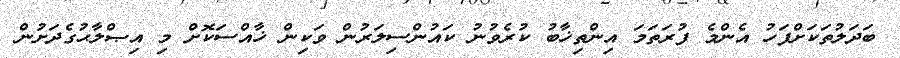
ބަދަލުތަކަށްފަހު އެންމެ ފުރަތަމަ އިންތިޚާބު ކުރެވުނު ކައުންސިލަރުން ވަކިން ޚާއްސަކޮށް މި އިޞްލާޙުގެދަށުން